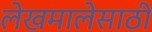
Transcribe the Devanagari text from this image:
लेखमालेसाठी